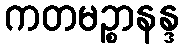
ကတမဉ္စာနန္ဒ